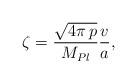
LaTeX: \begin{align*} \zeta=\frac{\sqrt{4\pi\, p}}{M_{Pl}}\frac{v}{a},\end{align*}